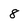
Character: 8